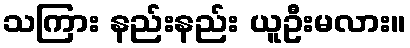
သကြား နည်းနည်း ယူဦးမလား။